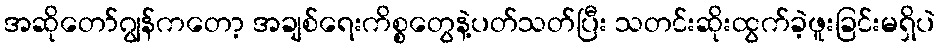
အဆိုတော်ဂျွန်ကတော့ အချစ်ရေးကိစ္စတွေနဲ့ပတ်သတ်ပြီး သတင်းဆိုးထွက်ခဲ့ဖူးခြင်းမရှိပဲ